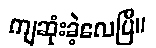
ကျဆုံးခဲ့လေပြီ။